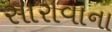
સારાવાના